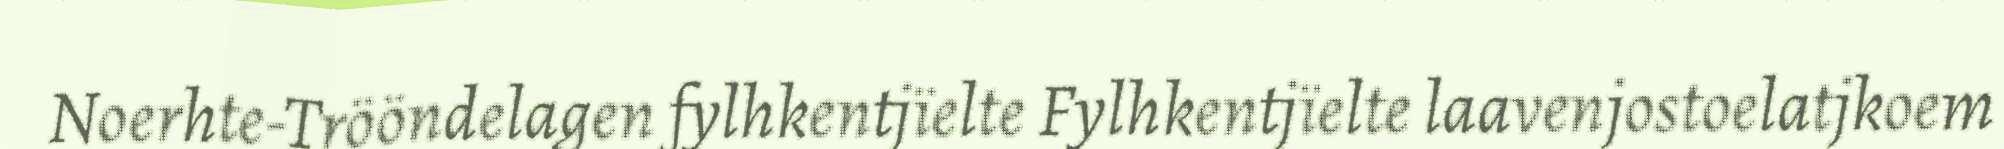
Noerhte-Trööndelagen fylhkentjïelte Fylhkentjïelte laavenjostoelatjkoem